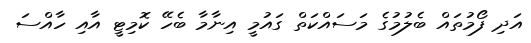
އަދި ފޯމުތައް ބެލުމުގެ މަސައްކަތް ގައުމީ އިނާމާ ބެހޭ ކޮމިޓީ އާއި ހާއްސަ